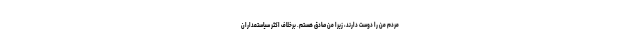
مردم من را دوست دارند، زیرا من صادق هستم. برخلاف اکثر سیاستمداران